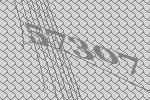
57307